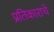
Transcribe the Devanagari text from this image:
प्रतिकाराचे